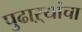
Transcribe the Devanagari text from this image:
पुढाऱ्यांचा